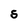
Character: S